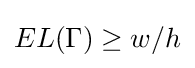
EL(\Gamma )\geq w/h